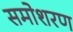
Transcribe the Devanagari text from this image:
समोशरण